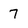
Character: 7